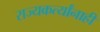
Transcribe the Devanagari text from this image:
राज्यकर्त्यांनाही